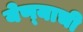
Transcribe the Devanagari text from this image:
येण्‍याची